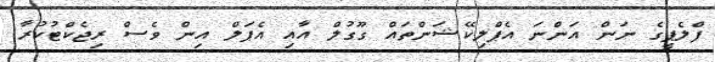
ފްލެޕީގެ ނަން އަންނަ އެޕްލިކޭޝަންތައް ގޫގުލް އާއި އެޕަލް އިން ވެސް ރިޖެކްޓުކުރާ